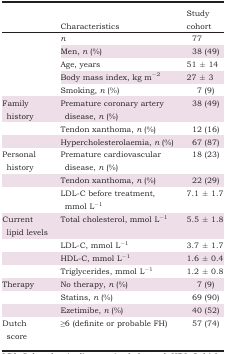
<table><thead><tr><td></td><td><b>Characteristics</b></td><td><b>Study cohort</b></td></tr></thead><tbody><tr><td></td><td><i>n</i></td><td>77</td></tr><tr><td></td><td>Men, <i>n</i> (%)</td><td>38 (49)</td></tr><tr><td></td><td>Age, years</td><td>51 ± 14</td></tr><tr><td></td><td>Body mass index, kg m<sup>−2</sup></td><td>27 ± 3</td></tr><tr><td></td><td>Smoking, <i>n</i> (%)</td><td>7 (9)</td></tr><tr><td>Family history</td><td>Premature coronary artery disease, <i>n</i> (%)</td><td>38 (49)</td></tr><tr><td></td><td>Tendon xanthoma, <i>n</i> (%)</td><td>12 (16)</td></tr><tr><td></td><td>Hypercholesterolaemia, <i>n</i> (%)</td><td>67 (87)</td></tr><tr><td>Personal history</td><td>Premature cardiovascular disease, <i>n</i> (%)</td><td>18 (23)</td></tr><tr><td></td><td>Tendon xanthoma, <i>n</i> (%)</td><td>22 (29)</td></tr><tr><td></td><td>LDL-C before treatment, mmol L<sup>−1</sup></td><td>7.1 ± 1.7</td></tr><tr><td>Current lipid levels</td><td>Total cholesterol, mmol L<sup>−1</sup></td><td>5.5 ± 1.8</td></tr><tr><td></td><td>LDL-C, mmol L<sup>−1</sup></td><td>3.7 ± 1.7</td></tr><tr><td></td><td>HDL-C, mmol L<sup>−1</sup></td><td>1.6 ± 0.4</td></tr><tr><td></td><td>Triglycerides, mmol L<sup>−1</sup></td><td>1.2 ± 0.8</td></tr><tr><td>Therapy</td><td>No therapy, <i>n</i> (%)</td><td>7 (9)</td></tr><tr><td></td><td>Statins, <i>n</i> (%)</td><td>69 (90)</td></tr><tr><td></td><td>Ezetimibe, <i>n</i> (%)</td><td>40 (52)</td></tr><tr><td>Dutch score</td><td>≥6 (definite or probable FH)</td><td>57 (74)</td></tr></tbody></table>